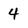
Character: 4